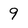
Character: 9